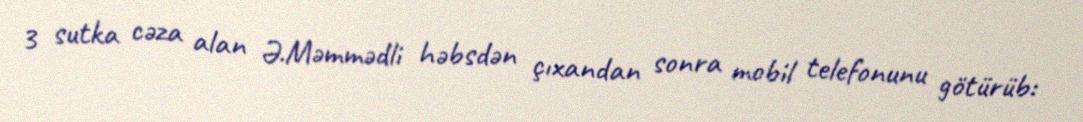
3 sutka cəza alan Ə.Məmmədli həbsdən çıxandan sonra mobil telefonunu götürüb: